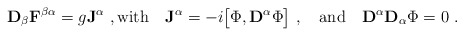
\begin{align*}{\bf D}_\beta{\bf F}^{\beta \alpha} = g{\bf J }^\alpha\ ,{\rm with} \quad {\bf J }^\alpha = - i\bigl[\Phi,{\bf D}^\alpha \Phi\bigr] \ ,\quad {\rm{and}} \quad {\bf D}^\alpha {\bf D}_\alpha \Phi = 0 \ .\end{align*}